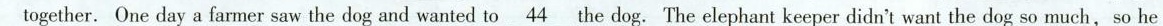
together. One day a farmer saw the dog and wanted to\underline{44} the dog. The elephant keeper didn't want so much,so he